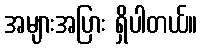
အများအပြား ရှိပါတယ်။